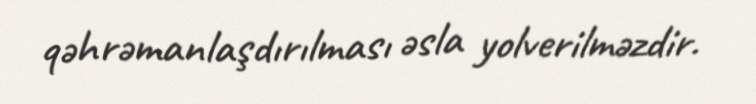
qəhrəmanlaşdırılması əsla yolverilməzdir.